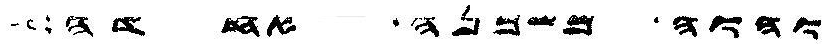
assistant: והוה משכנה אחדה